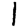
Digit: 1